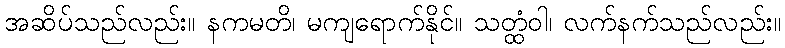
အဆိပ်သည်လည်း။ နကမတိ၊ မကျရောက်နိုင်။ သတ္ထံဝါ၊ လက်နက်သည်လည်း။